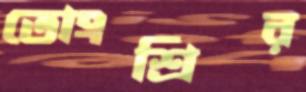
তোংশ্রির